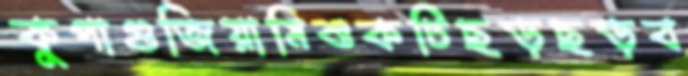
কুপাগুজিয়ামিশুকটিছড়ছড়ব